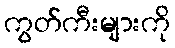
ကွတ်ကီးများကို